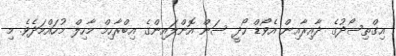
އިގްތިސޯދުގެ ދާއިރާއިން އެވޯޑް ހޯދީ ސަން އޮންލައިންގެ އިބްރާހިމް މާހިލް މުހައްމަދެވެ. މި